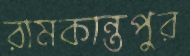
রামকান্তপুর